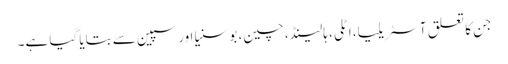
جن کا تعلق آسٹریلیا، اٹلی، ہالینڈ، چین، بوسنیا اور سپین سے بتایا گیا ہے۔